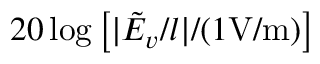
2 0 \log \left[ | \tilde { E } _ { v } / l | / ( 1 \mathrm { { V / m } ) } \right]